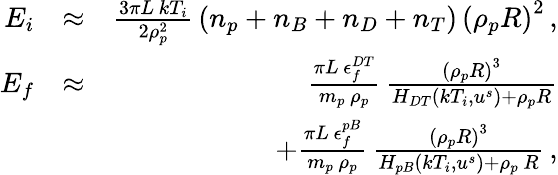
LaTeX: \begin{array}{rlr}{E_{i}}&{\approx}&{\frac{3\pi L\, kT_{i}}{2\rho_{p}^{2}}\, \left(n_{p}+n_{B}+n_{D}+n_{T}\right)\, \left(\rho_{p}R\right)^{2}\, ,}\\ {E_{f}}&{\approx}&{\frac{\pi L\, \epsilon_{f}^{DT}}{m_{p}\, \rho_{p}}\, \frac{\left(\rho_{p}R\right)^{3}}{H_{DT}\left(kT_{i},u^{s}\right)+\rho_{p}R}}\\ &{}&{+\frac{\pi L\, \epsilon_{f}^{pB}}{m_{p}\, \rho_{p}}\, \frac{\left(\rho_{p}R\right)^{3}}{H_{pB}\left(kT_{i},u^{s}\right)+\rho_{p}\, R}\, ,}\end{array}